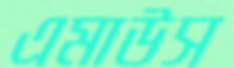
এমাউস